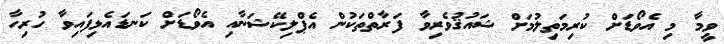
ވީމާ މި އެވޯޑަށް ކުރިމަތިލުމަށް ޝައުޤުވެރިވާ ފަރާތްތަކުން އެޕްލިކޭޝަނާއި އެވޯޑަށް ކަނޑައެޅިފައިވާ ހުރިހާ